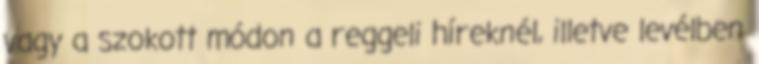
vagy a szokott módon a reggeli híreknél, illetve levélben